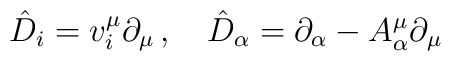
\hat{D}_{i}=v_{i}^{\mu}\partial_{\mu} \,,\quad\hat{D}_{\alpha}=\partial_{\alpha}-A^{\mu}_{\alpha}\partial_{\mu}